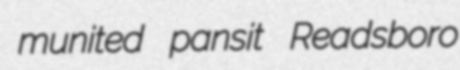
munited pansit Readsboro